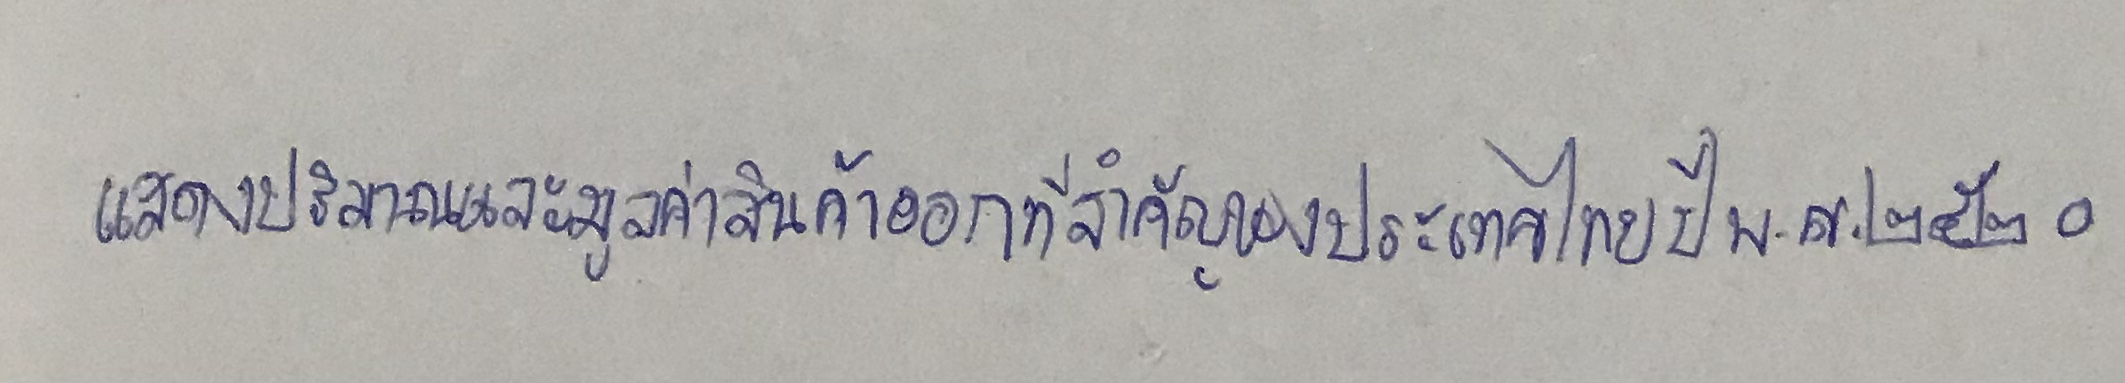
แสดงปริมาณและมูลค่าสินค้าออกที่สำคัญของประเทศไทยปีพ.ศ.๒๕๒๐